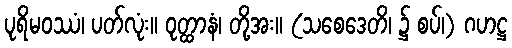
ပုရိမဝဿံ၊ ပတ်လုံး။ ဝုတ္ထာနံ၊ တို့အး။ (သစေဒေတိ၊ ၌ စပ်၊) ဂဟဋ္ဌ